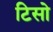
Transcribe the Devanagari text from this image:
टिसो